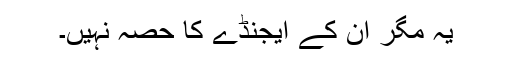
یہ مگر ان کے ایجنڈے کا حصہ نہیں۔